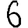
Digit: 6